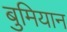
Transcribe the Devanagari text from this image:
बुमियान